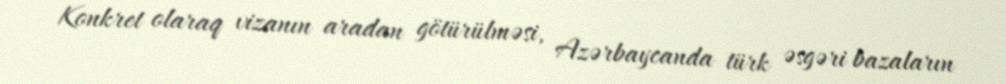
Konkret olaraq vizanın aradan götürülməsi, Azərbaycanda türk əsgəri bazaların